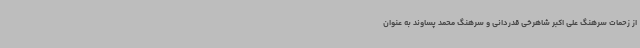
از زحمات سرهنگ علی اکبر شاهرخی قدردانی و سرهنگ محمد پساوند به عنوان